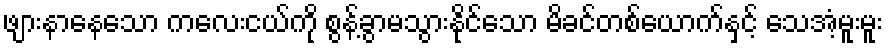
ဖျားနာနေသော ကလေးငယ်ကို စွန့်ခွာမသွားနိုင်သော မိခင်တစ်ယောက်နှင့် သေအံ့မူးမူး